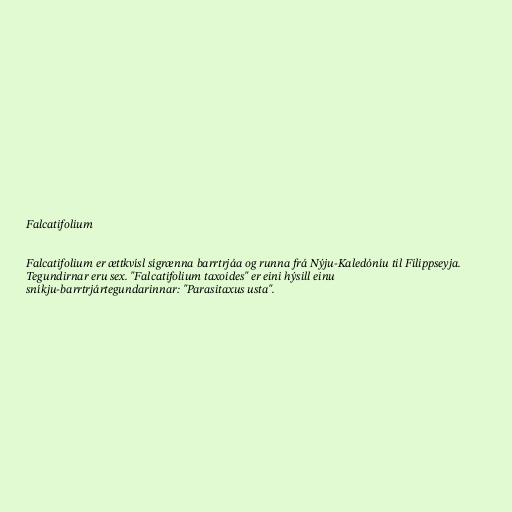
Falcatifolium

Falcatifolium er ættkvísl sígrænna barrtrjáa og runna frá Nýju-Kaledóníu til Filippseyja.
Tegundirnar eru sex. "Falcatifolium taxoides" er eini hýsill einu
sníkju-barrtrjártegundarinnar: "Parasitaxus usta".